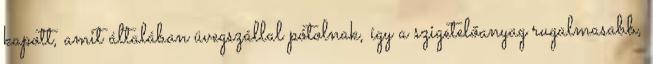
kapott, amit általában üvegszállal pótolnak, így a szigetelőanyag rugalmasabb,